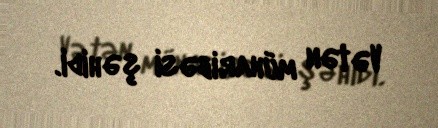
Vətən müharibəsi şəhidi.